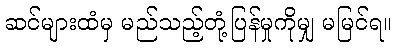
ဆင်များထံမှ မည်သည့်တုံ့ပြန်မှုကိုမျှ မမြင်ရ။